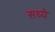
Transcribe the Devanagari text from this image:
सध्ये